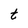
Character: t